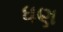
ધણ